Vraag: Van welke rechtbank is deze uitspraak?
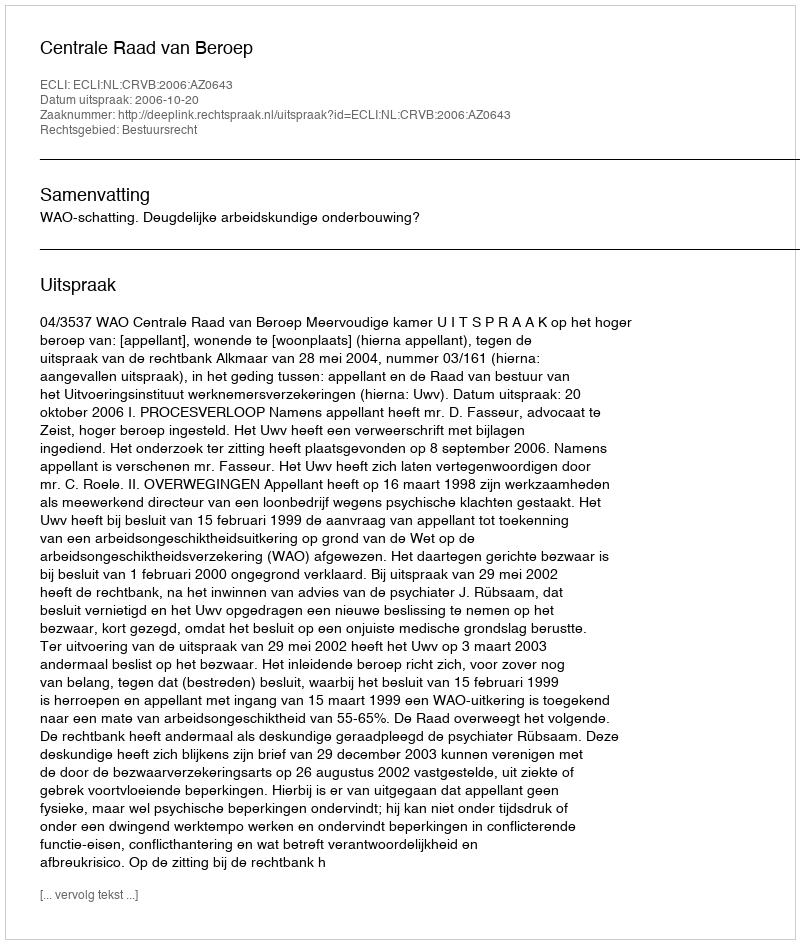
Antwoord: Centrale Raad van Beroep